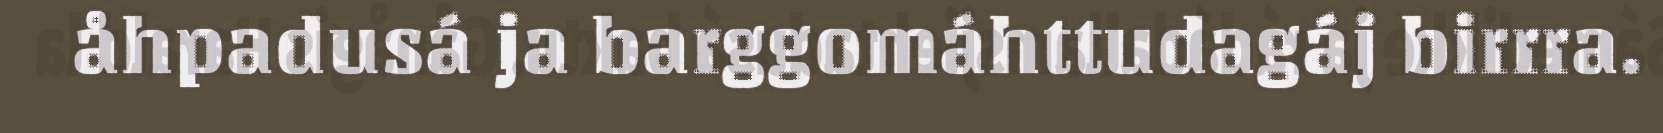
åhpadusá ja barggomáhttudagáj birrra.